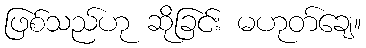
ဖြစ်သည်ဟု ဆိုခြင်း မဟုတ်ချေ။